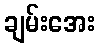
ချမ်းအေး